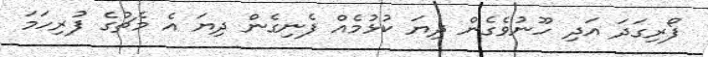
ފޯރިގަދަ އަދި ހޫނުވެގެން ދިޔަ ކުޅުމެއް ފެނިގެން ދިޔަ އެ މެޗުގެ ފުރިހަމަ